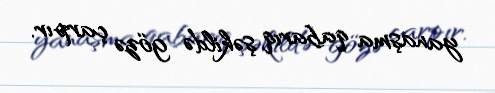
yanaşma qabarıq şəkildə gözə çarpır.